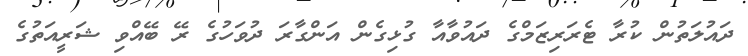
ދައުލަތުން ކުރާ ޓެރަރިޒަމްގެ ދައުވާއާ ގުޅިގެން އަންގާރަ ދުވަހުގެ ރޭ ބޭއްވި ޝަރީއަތުގެ